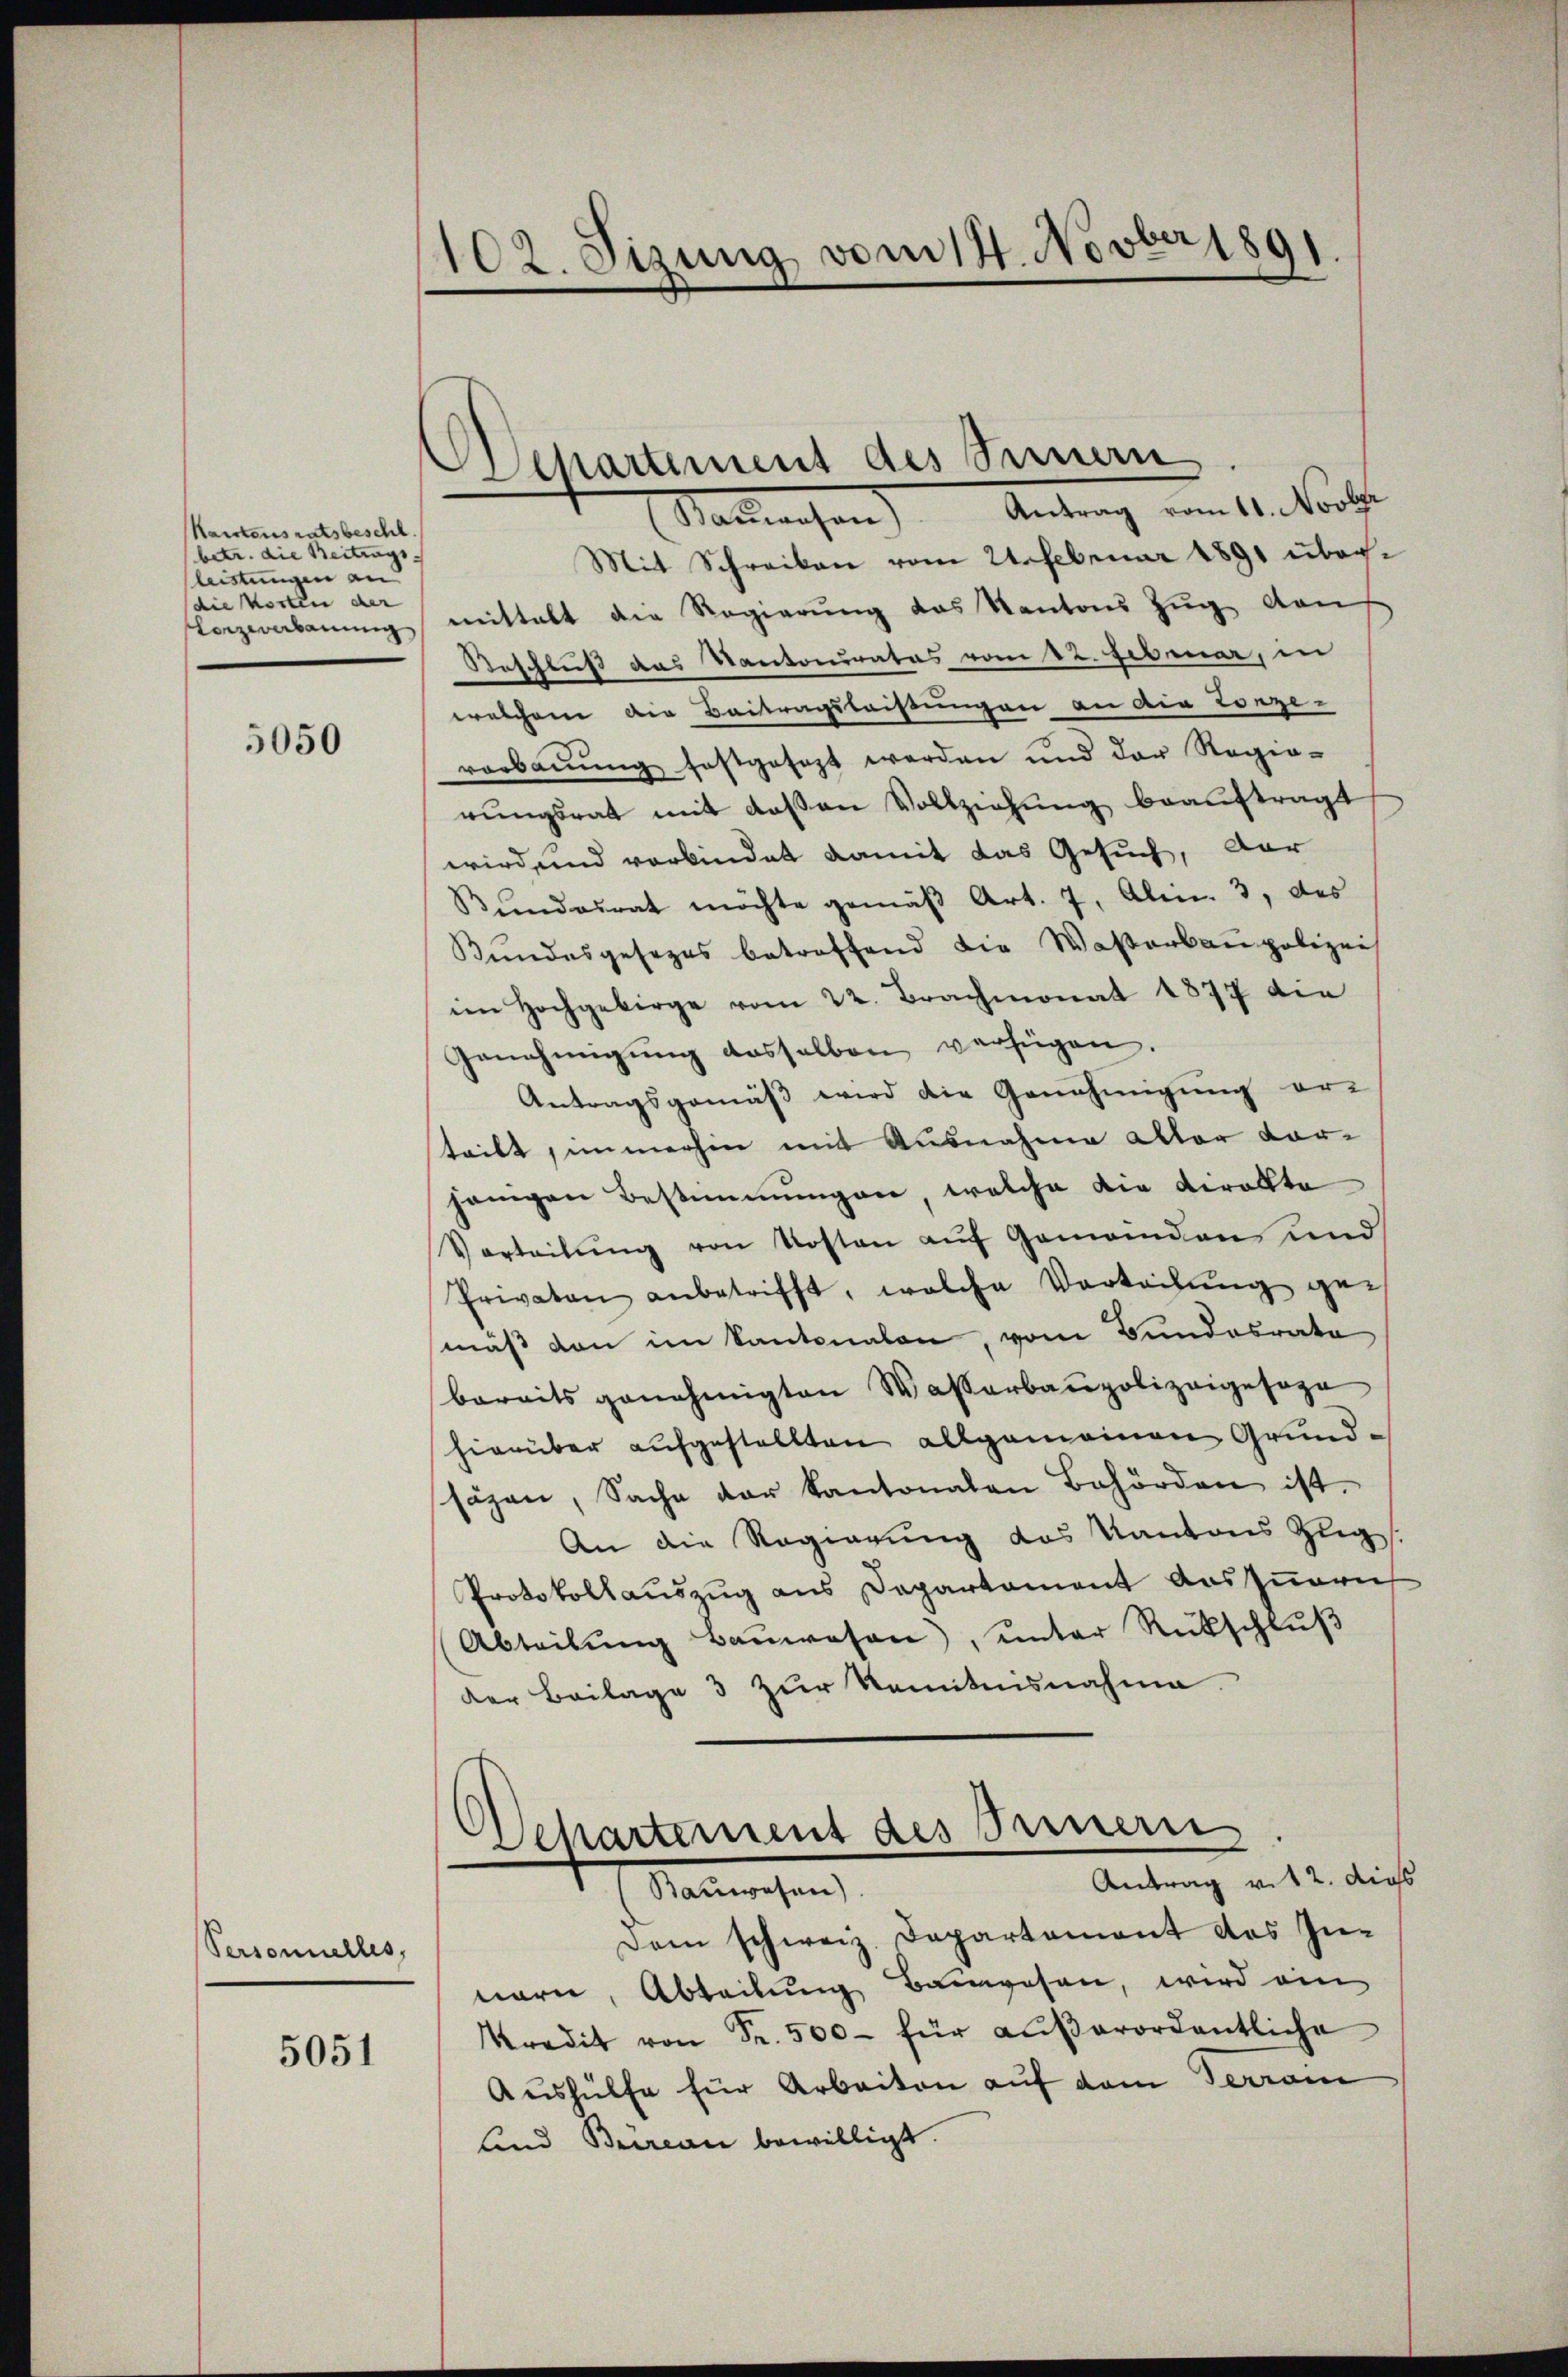
Kartens ratsbeschl.
(betr. die Beitrags- |
leistungen an
(die Kosten der
Lorzeerbauung

5050

Personnelles,

5051

102. Sizung vom 14. Novber 1891

Departement des Sinnern
Antrag vom 11. Novber
Stadtrechen

Mit Schreiben vom 21. Februar 1891 übermittalt die Regierŭng das Kantons Zŭg von
Beschluß das Kantonirates vom 12. Februar, in
welchem die Beitragsleisungen an die Lorze-
verbaŭŭng festgesezt werden und der Regie-
rŭngsrat mit deßen Vollziehung beauftragt
wird, und verbindet damit das Gesuch, dar
Bŭndesrat möchte gemäβ Art. 7, Al. 3, des
Bundesgesezes betreffend die Waßerbaupolizeis
im Hochgebirge vom 22. Brachmonat 1877 die
Genehmigŭng desselben verfügen.
Antragsgemäß wird die Genehmigung er-
teilt, immerhin mit Ausnahme alter vor-
hängen Bestimmungen welche die viralte
Vorteilŭng von Kosten aŭf Gemandans und
Privaten anbetrifft, welche Verteilŭng ge-
mäss von im Kantonalen, vom Bundesrate
bereits genehmigten Wasserbaupolizeigesage
hierüber aufgestellten allgemeinen Grundsäzen, Sache der Kantonalen Behörden ist.
An die Regierung des Kantons Zug
Protokollauszug aus Departement aus zuern
Abteilŭng Baŭwesen, ŭnter Rückschlŭβ
der Beilage 3 zur Komitnisnahme.
Departement des Innern
Antrag vit 2. dies
Kaninchen
Dem schweiz. Departement des In-
nern, Abteilung Bauwesen, wird ein
kredit von Fr. 500 für aŭβerordentliche
Aushülfe für Arbeiten auf dem Terrain
lind Bureau bewilligt.